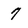
Character: 7